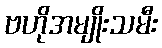
ဗဟိုအမျိုးသမီး